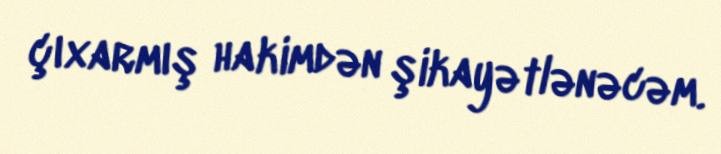
çıxarmış hakimdən şikayətlənəcəm.